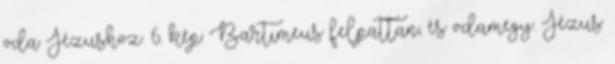
oda Jézushoz. 6. kép: Bartimeus felpattan, és odamegy. Jézus